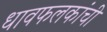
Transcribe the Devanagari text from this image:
धावफलकांची